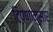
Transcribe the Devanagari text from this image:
टिपणानुसार